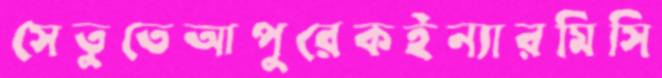
সেতুতেআপুরেকইন্যারমিসি